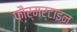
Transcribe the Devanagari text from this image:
फ़ौर्मर्टाइन